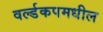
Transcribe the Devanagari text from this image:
वर्ल्डकपमधील